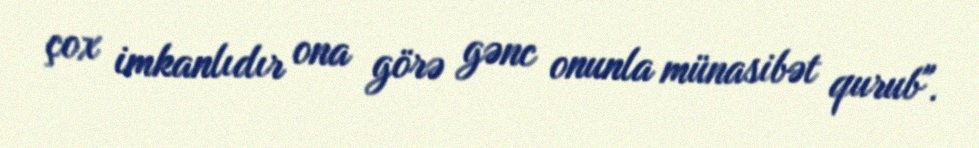
çox imkanlıdır ona görə gənc onunla münasibət qurub".